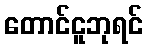
တောင်ငူဘုရင်